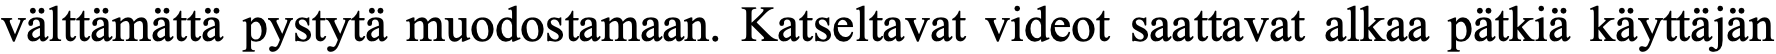
välttämättä pystytä muodostamaan. Katseltavat videot saattavat alkaa pätkiä käyttäjän